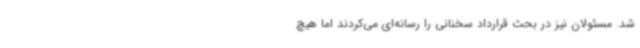
شد. مسئولان نیز در بحث قرارداد سخنانی را رسانه‌ای می‌کردند اما هیچ